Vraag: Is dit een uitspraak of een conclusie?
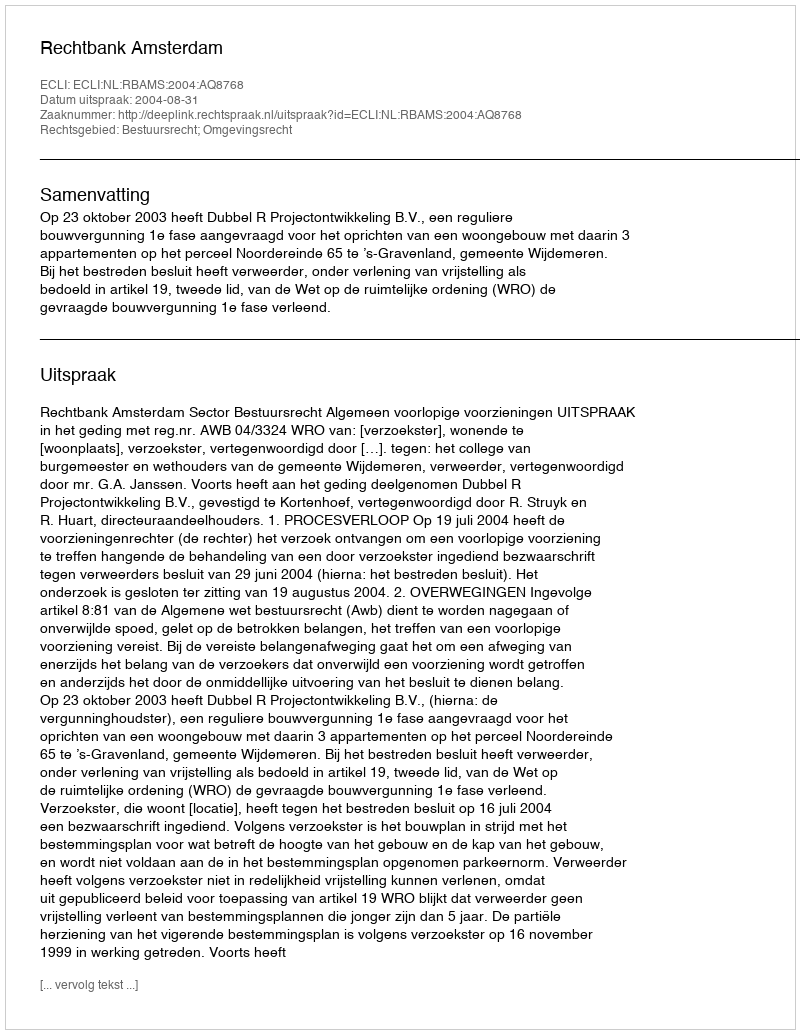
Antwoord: Uitspraak